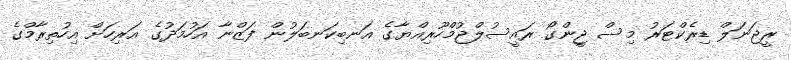
ރީޖަނަލް ޑިރެކްޓަރު މިސް ޖީންގޯ ރައީސުލްޖުމްހޫރިއްޔާގެ އަނބިކަނބަލުން ފަޒްނާ އަހުމަދުގެ އަރިހަށް އިހުތިރާމްގެ